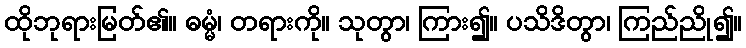
ထိုဘုရားမြတ်၏။ ဓမ္မံ၊ တရားကို။ သုတွာ၊ ကြား၍။ ပသိဒိတွာ၊ ကြည်ညို၍။